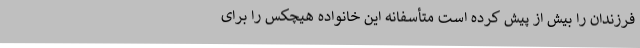
فرزندان را بیش از پیش کرده است متأسفانه این خانواده هیچکس را برای